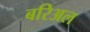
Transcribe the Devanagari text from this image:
बरिअल